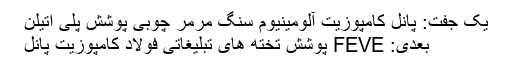
یک جفت: پانل کامپوزیت آلومینیوم سنگ مرمر چوبی پوشش پلی اتیلن
بعدی: FEVE پوشش تخته های تبلیغاتی فولاد کامپوزیت پانل